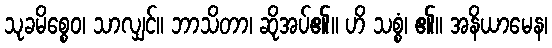
သုခမိစ္စေဝ၊ သာလျှင်။ ဘာသိတာ၊ ဆိုအပ်၏။ ဟိ သစ္စံ၊ ၏။ အနိယာမေန၊